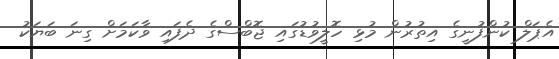
އެޕަލް ކުންފުނީގެ އިތުރުން މުޅި ހޮލީވުޑުގައި ޖޮބްސްގެ ދެފައި ވާކަމަށް ގިނަ ބަޔަކު